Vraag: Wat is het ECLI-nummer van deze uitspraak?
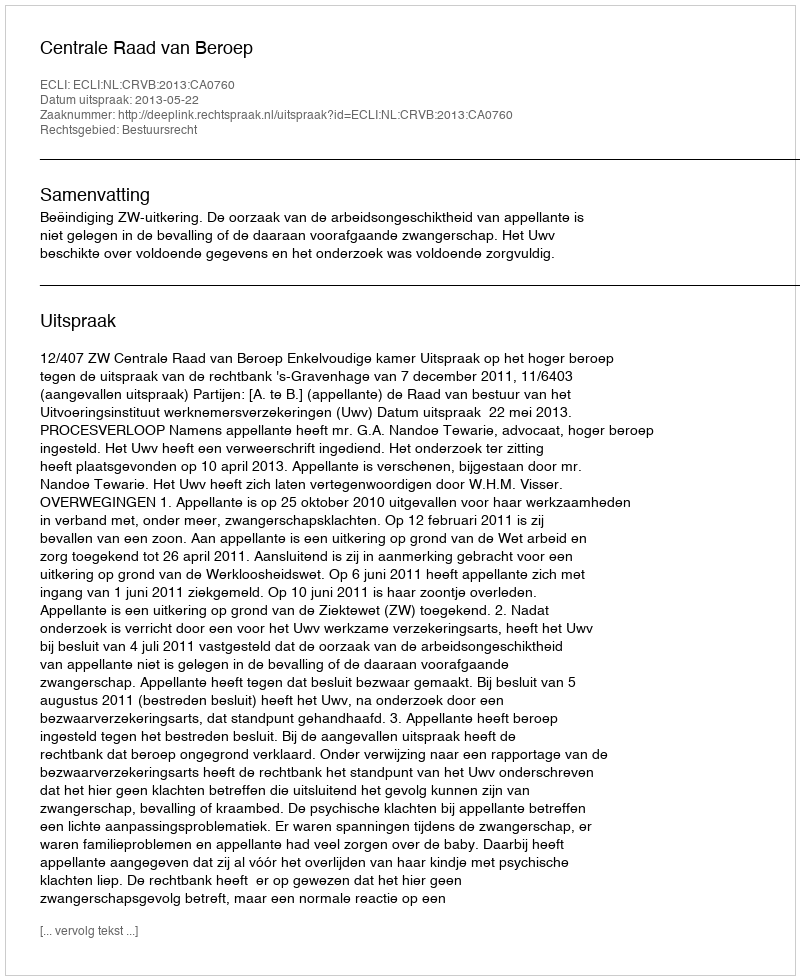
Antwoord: ECLI:NL:CRVB:2013:CA0760